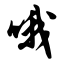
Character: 哦